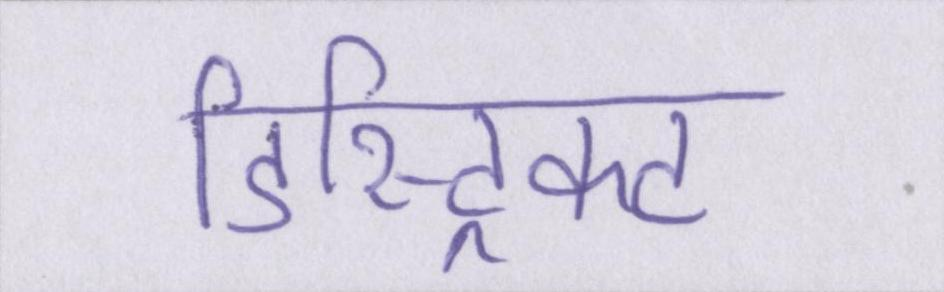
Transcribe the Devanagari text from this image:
डिस्ट्रिक्ट